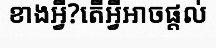
ខាងអ្វី?តើអ្វីអាចផ្តល់